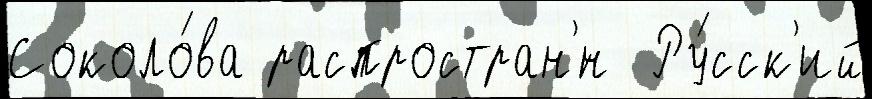
Соколо́ва распростран'́н  Ру́сск'ий